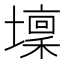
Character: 壈